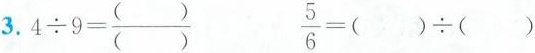
3.$$4 \div 9 = \frac { ( ) } { ( ) }$$ $$\frac { 5 } { 6 } = ( ) \div ( )$$